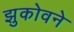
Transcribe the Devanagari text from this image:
झुकोवने